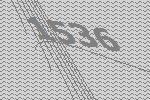
1536